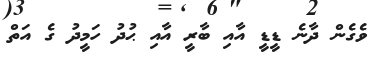
ވެގެން ދާނެ ޑީޑީ އާއި ބާރީ އާއި ޙުދު ހަމީދު ގެ އަތް